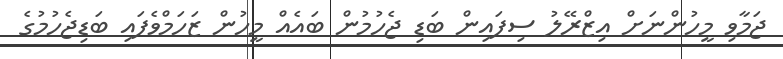
ޖަމާވި މީހުންނަށް އިޒްރޭލު ސިފައިން ބަޑި ޖެހުމުން ބައެއް މީހުން ޒަހަމްވެފައި ބަޑިޖެހުމުގެ